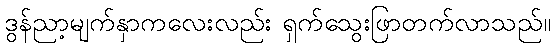
ဒွန်ညာ့မျက်နှာကလေးလည်း ရှက်သွေးဖြာတက်လာသည်။